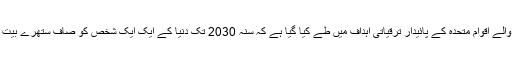
سنہ 2016 سے آغاز کیے جانے والے اقوام متحدہ کے پائیدار ترقیاتی اہداف میں طے کیا گیا ہے کہ سنہ 2030 تک دنیا کے ایک ایک شخص کو صاف ستھرے بیت الخلا کی فراہمی یقینی بنائی جائے۔